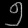
Digit: ၅